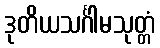
ဒုတိယသင်္ဂါမသုတ္တံ